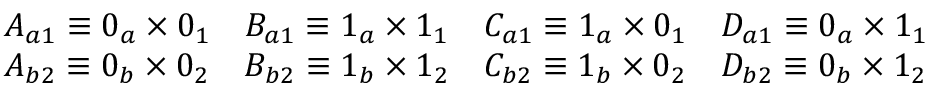
\begin{array} { c } { A _ { a 1 } \equiv 0 _ { a } \times 0 _ { 1 } } \\ { A _ { b 2 } \equiv 0 _ { b } \times 0 _ { 2 } } \end{array} \begin{array} { c } { B _ { a 1 } \equiv 1 _ { a } \times 1 _ { 1 } } \\ { B _ { b 2 } \equiv 1 _ { b } \times 1 _ { 2 } } \end{array} \begin{array} { c } { C _ { a 1 } \equiv 1 _ { a } \times 0 _ { 1 } } \\ { C _ { b 2 } \equiv 1 _ { b } \times 0 _ { 2 } } \end{array} \begin{array} { c } { D _ { a 1 } \equiv 0 _ { a } \times 1 _ { 1 } } \\ { D _ { b 2 } \equiv 0 _ { b } \times 1 _ { 2 } } \end{array}